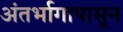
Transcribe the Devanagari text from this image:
अंतर्भागापासून